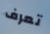
تعرف